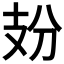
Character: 𢺺